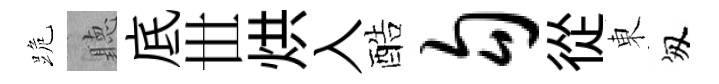
跪聽底𠀍烘入酷勾從東匆